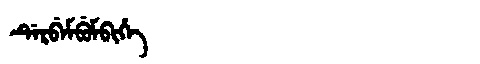
Manchu: ᡩᡝᡵᠪᡝᠮᠪᡠᠮᠪᡳᡥᡝ
Romanization: DERBEMBUMBIHE